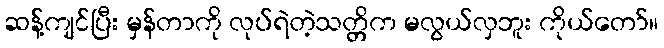
ဆန့်ကျင်ပြီး မှန်တာကို လုပ်ရဲတဲ့သတ္တိက မလွယ်လှဘူး ကိုယ်တော်။